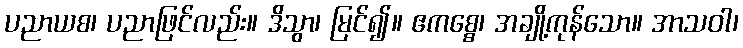
ပညာယစ၊ ပညာဖြင်လည်း။ ဒိသွာ၊ မြင်၍။ ဧကစ္စေ၊ အချို့ကုန်သော။ အာသဝါ၊